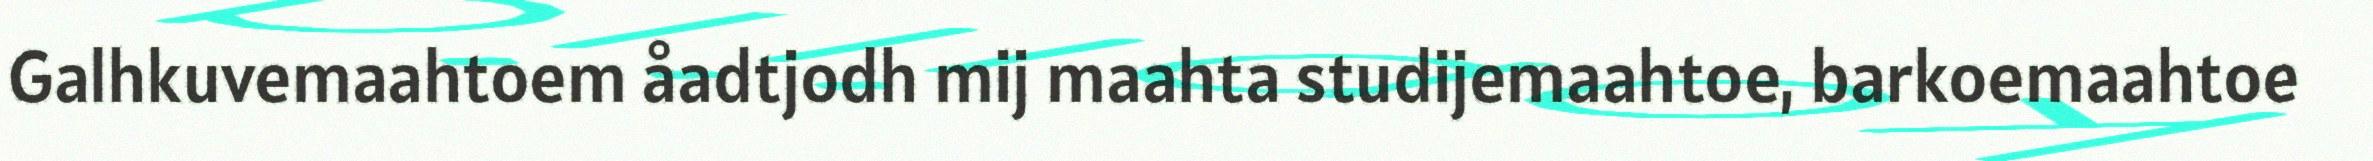
Galhkuvemaahtoem åadtjodh mij maahta studijemaahtoe, barkoemaahtoe